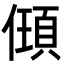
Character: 𬿰